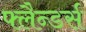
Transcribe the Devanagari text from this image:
फ्लैन्डर्स